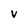
Character: v